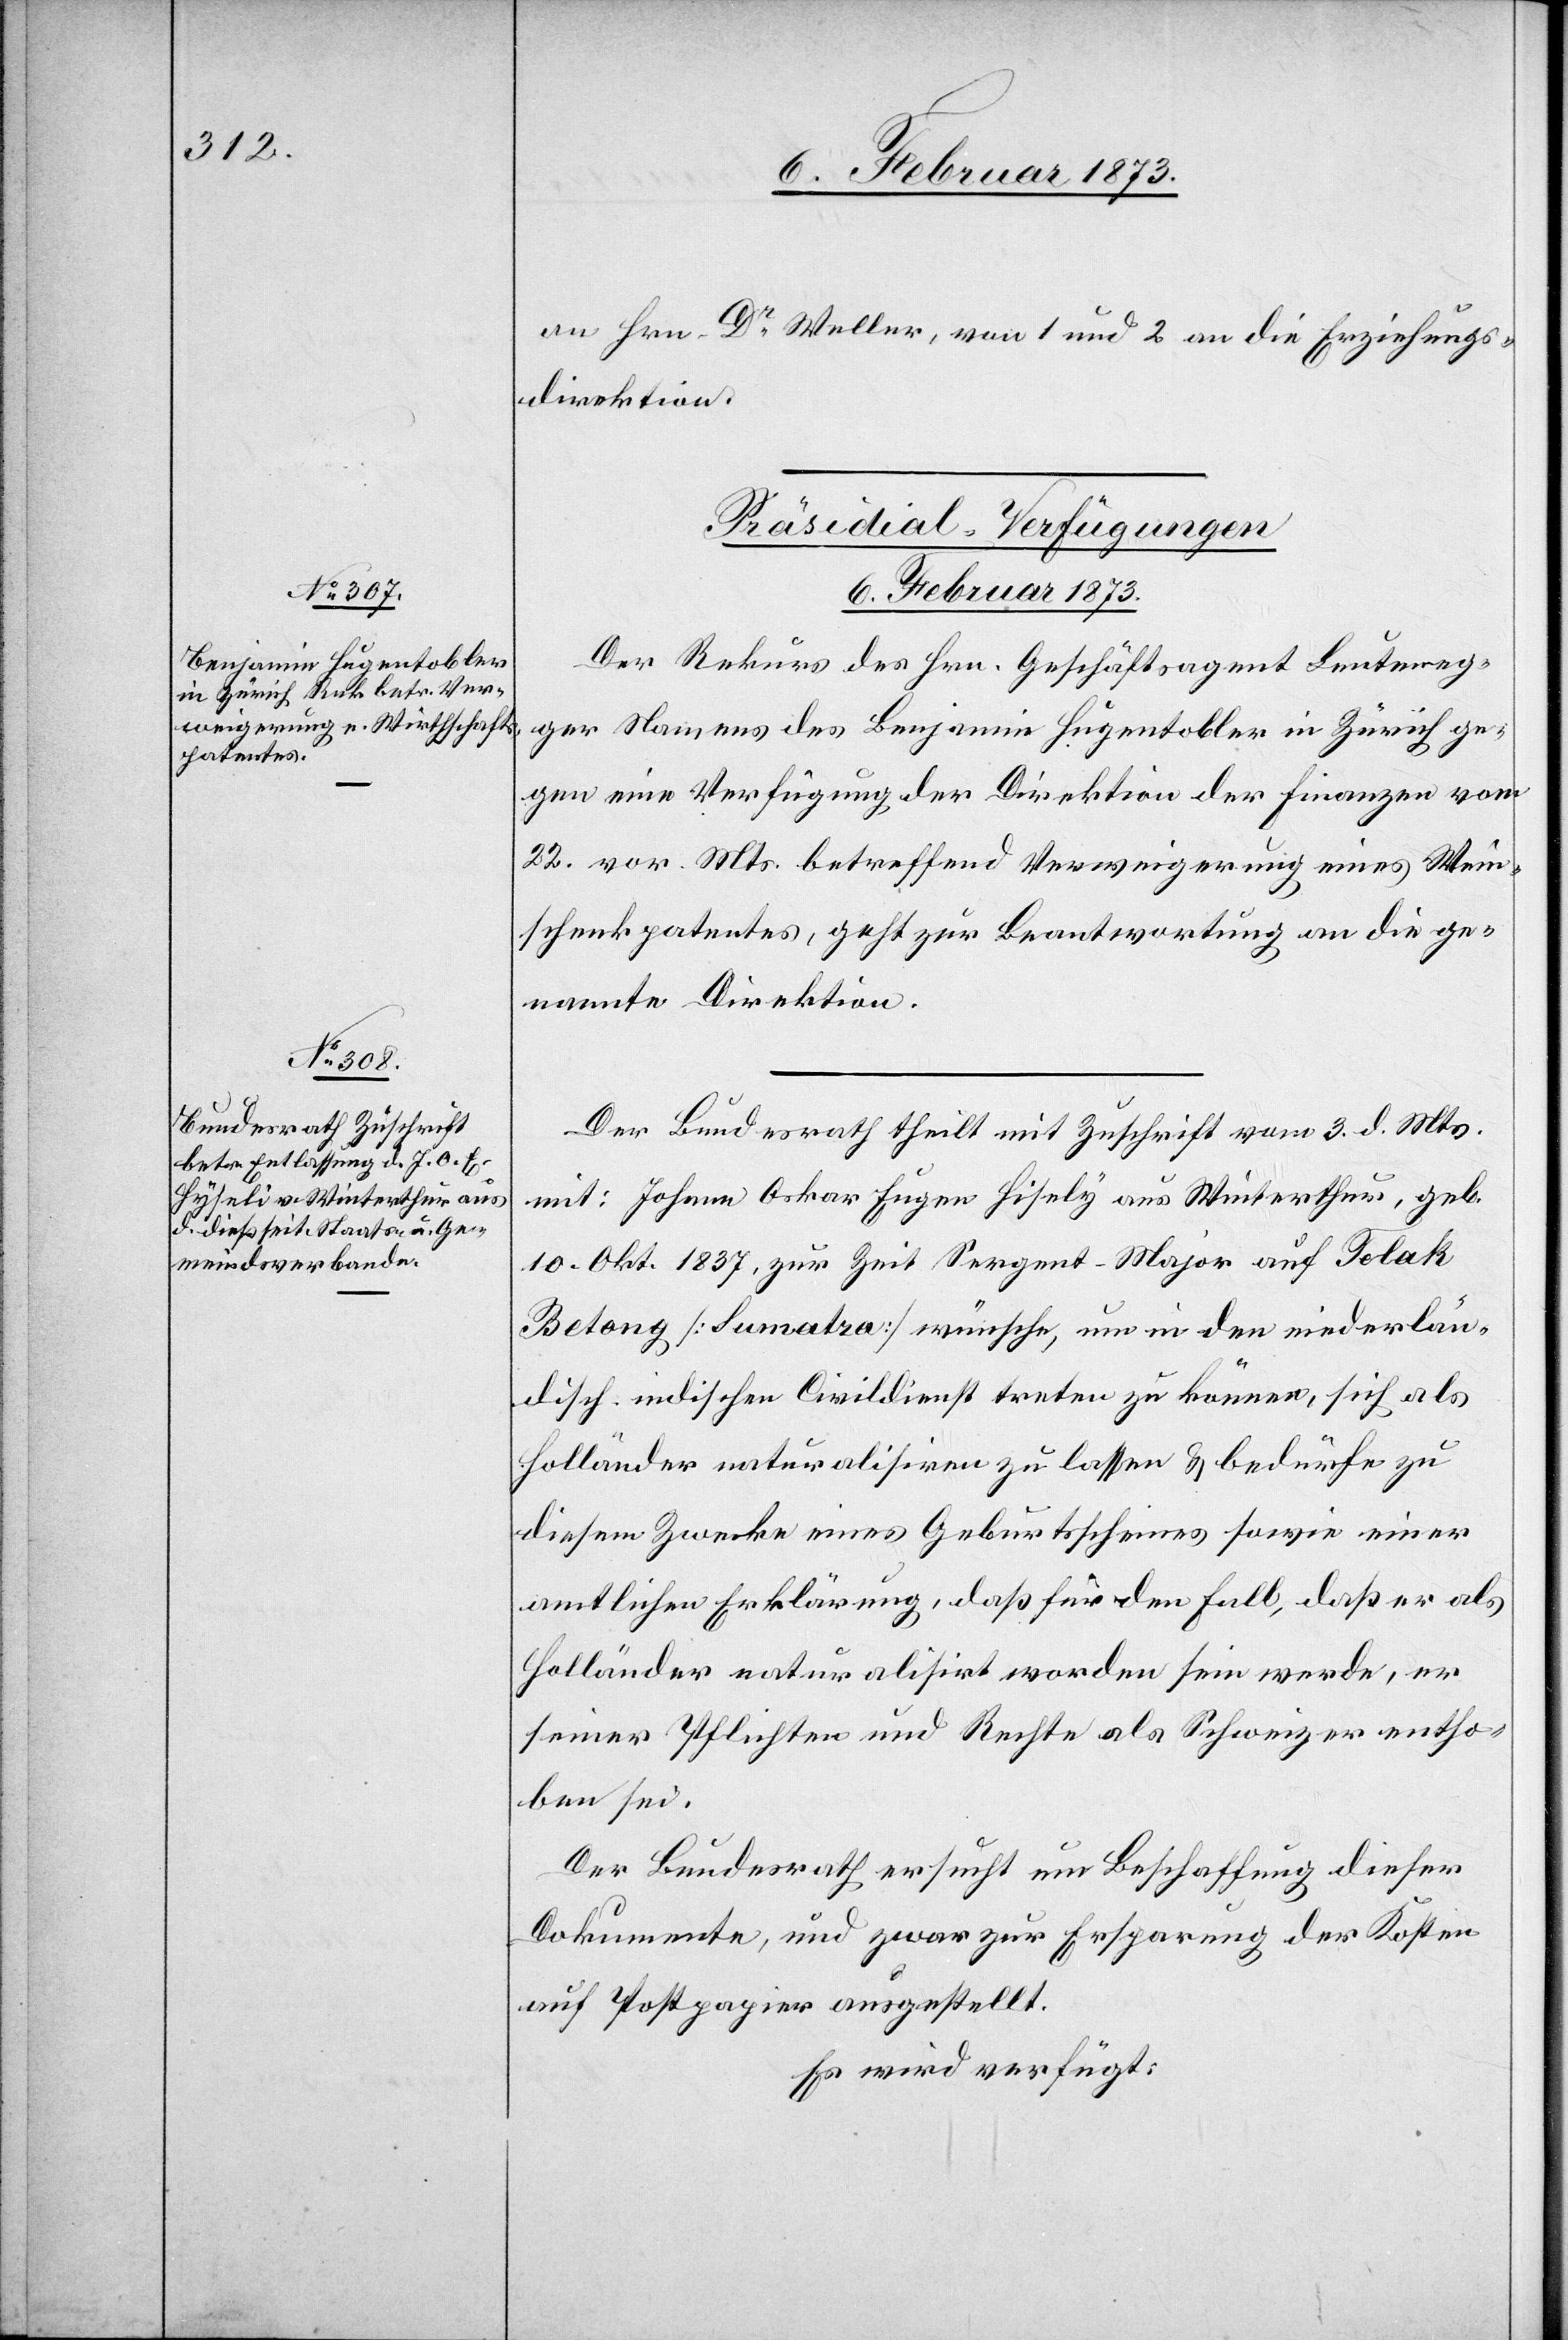
an Hrn. Dr Weller, von 1 und 2 an die Erziehungs¬
direktion.
[Präsidial-Verfügungen.
6. Februar 1873.]
Der Rekurs des Hrn. Geschäftsagent Leuteneg¬
ger Namens des Benjamin Hugentobler in Zürich ge¬
gen eine Verfügung der Direktion der Finanzen vom
22. vor. Mts. betreffend Verweigerung eines Wein¬
schenkpatentes, geht zur Beantwortung an die ge¬
nannte Direktion.
Der Bundesrath theilt mit Zuschrift vom 3. d. Mts.
mit: Johann Oskar Eugen Hisely [sic!] aus Winterthur, geb.
10. Okt. 1837, zur Zeit Sergent-Major auf Telok
Betong [Sumatra] wünsche, um in den niederlän¬
disch. indischen Civildienst treten zu können, sich als
Holländer naturalisiren zu lassen u. bedürfe zu
diesem Zwecke eines Geburtsscheines sowie einer
amtlichen Erklärung, daß für den Fall, daß er als
Holländer naturalisirt worden sein werde, er
seiner Pflichten und Rechte als Schweizer entho¬
ben sei.
Der Bundesrath ersucht um Beschaffung dieser
Dokumente, und zwar zur Ersparung der Kosten
auf Postpapier ausgestellt.
Es wird verfügt: